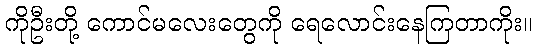
ကိုဦးတို့ ကောင်မလေးတွေကို ရေလောင်းနေကြတာကိုး။